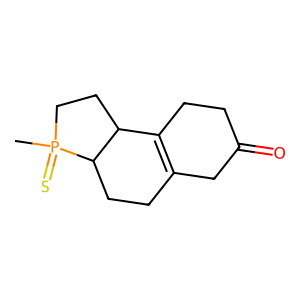
SMILES: CP1(=S)CCC2C3=C(CCC21)CC(=O)CC3
Inhibits HIV replication: No